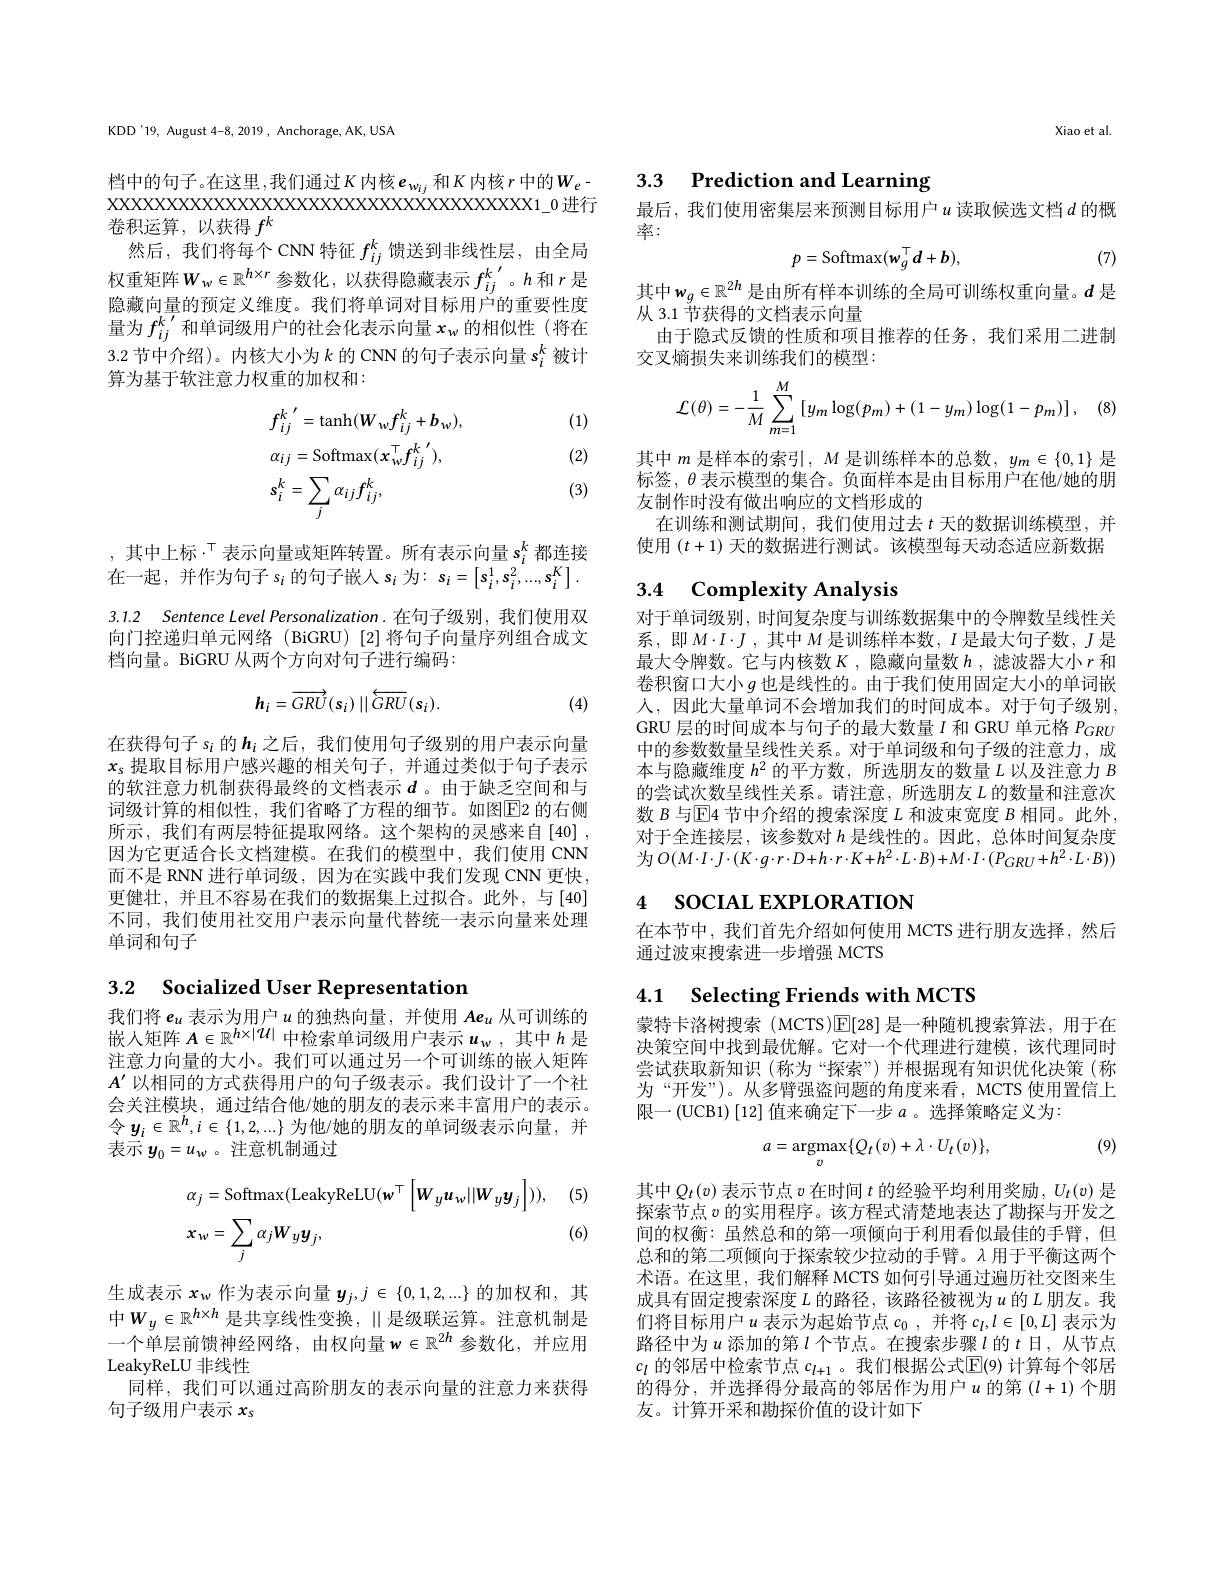
KDD'19, August 4-8, 2019, Anchorage, AK, USA

档中的句子。在这里，我们通过$K$ 内核$e_w_{ij}$和$K$内核$r$ 中的$W_e-$ 卷积运算，以获得$f^k$
然后，我们将每个 CNN 特征$f_{ij}^k$馈送到非线性层，由全局权重矩阵$W_w\in\mathbb{R}^{h\times r}$参数化，以获得隐藏表示$f_ij^k^{\prime}$。$h$ 和$r$是隐藏向量的预定义维度。我们将单词对目标用户的重要性度量为$f_{ij}^{k^{\prime}}$和单词级用户的社会化表示向量$x_w$的相似性(将在3.2 节中介绍)。内核大小为$k$的 CNN 的句子表示向量$s_i^k$被计算为基于软注意力权重的加权和：

(1)
$$\begin{aligned}&f_{ij}^{k}^{\prime}=\mathrm{tanh}(W_{w}f_{ij}^{k}+b_{w}),\\&\alpha_{ij}=\mathrm{Softmax}(x_{w}^{\top}f_{ij}^{k}^{\prime}),\\&s_{i}^{k}=\sum_{j}\alpha_{ij}f_{ij}^{k},\end{aligned}$$
(2) (3)

, 其中上标$\cdot^{\mathrm{T}}$表示向量或矩阵转置。所有表示向量$s_i^k$都连接在一起，并作为句子$s_i$的句子嵌人$s_i$为：$s_i=\left[\mathbf{s}_i^1,\mathbf{s}_i^2,\ldots,\mathbf{s}_i^K\right].$

3.1.2 Sentence Level Personalization.在句子级别，我们使用双向门控递归单元网络(BiGRU)[2]将句子向量序列组合成文档向量。BiGRU 从两个方向对句子进行编码：
$$\boldsymbol{h}_{i}=\overrightarrow{GRU}(\boldsymbol{s}_{i})\mid\mid\overleftarrow{GRU}(\boldsymbol{s}_{i}).$$
(4)

在获得句子$s_i$的$h_i$之后，我们使用句子级别的用户表示向量$x_s$提取目标用户感兴趣的相关句子，并通过类似于句子表示的软注意力机制获得最终的文档表示$d$ 。由于缺乏空间和与词级计算的相似性，我们省略了方程的细节。如图$\overline{\mathrm{E}}$2 的右侧所示，我们有两层特征提取网络。这个架构的灵感来自[40], 因为它更适合长文档建模。在我们的模型中，我们使用 CNN 而不是 RNN 进行单词级，因为在实践中我们发现 CNN 更快， 更健壮，并且不容易在我们的数据集上过拟合。此外，与[40] 不同，我们使用社交用户表示向量代替统一表示向量来处理单词和句子

3.2 Socialized User Representation

我们将$e_u$ 表示为用户$u$ 的独热向量，并使用 $Ae_u$ 从可训练的嵌入矩阵$A\in\mathbb{R}^{h\times|\mathcal{U}|}$中检索单词级用户表示$u_\mathrm{w}$,其中$h$是注意力向量的大小。我们可以通过另一个可训练的嵌人矩阵$A^{\prime}$以相同的方式获得用户的句子级表示。我们设计了一个社会关注模块，通过结合他/她的朋友的表示来丰富用户的表示。令$y_i\in\mathbb{R}^h,i\in\{1,2,...\}$为他/她的朋友的单词级表示向量，并表示$y_0=u_w$ 。注意机制通过

(5,
$$\begin{aligned}&\alpha_{j}=\mathrm{Softmax}(\mathrm{LeakyReLU}(\mathbf{w}^{\top}\left[W_{y}\boldsymbol{u}_{w}||W_{y}\boldsymbol{y}_{j}\right])),\\&x_{w}=\sum_{j}\alpha_{j}W_{y}y_{j},\end{aligned}$$
(6)

生成表示$x_\mathrm{w}$作为表示向量$y_j,j\in\{0,1,2,...\}$的加权和，其中$W_y\in\mathbb{R}^{h\times h}$ 是共享线性变换，$\|$是级联运算。注意机制是一个单层前馈神经网络，由权向量$w\in\mathbb{R}^{2h}$参数化，并应用LeakyReLU 非线性
同样，我们可以通过高阶朋友的表示向量的注意力来获得
句子级用户表示$x_s$

Xiao et al.

3.3 Prediction and Learning

最后，我们使用密集层来预测目标用户$u$ 读取候选文档$d$ 的概
率：
$$p=\mathrm{Softmax}(w_{g}^{\top}d+b),$$
(7)

其中$w_g\in\mathbb{R}^{2h}$是由所有样本训练的全局可训练权重向量。$d$ 是
从 3.1 节获得的文档表示向量
由于隐式反馈的性质和项目推荐的任务，我们采用二进制
交叉熵损失来训练我们的模型：
$$\mathcal{L}(\theta)=-\frac{1}{M}\sum_{m=1}^{M}\left[y_{m}\log(p_{m})+(1-y_{m})\log(1-p_{m})\right],$$
其中 $m$ 是样本的索引$,M$ 是训练样本的总数$,y_m\in\{0,1\}$ 是标签，$\theta$表示模型的集合。负面样本是由目标用户在他/她的朋友制作时没有做出响应的文档形成的
在训练和测试期间，我们使用过去$t$天的数据训练模型，并使用$(t+1)$天的数据进行测试。该模型每天动态适应新数据

## 3.4 Complexity Analysis

对于单词级别，时间复杂度与训练数据集中的令牌数呈线性关系，即$M\cdot I\cdot J$ ,其中$M$是训练样本数，$I$是最大句子数，$J$是最大令牌数。它与内核数$K$ ,隐藏向量数$h$ ,滤波器大小$r$和卷积窗口大小$g$也是线性的。由于我们使用固定大小的单词嵌人，因此大量单词不会增加我们的时间成本。对于句子级别GRU 层的时间成本与句子的最大数量$I$和 GRU 单元格$P_{GRU}$ 中的参数数量呈线性关系。对于单词级和句子级的注意力，成本与隐藏维度$h^2$的平方数，所选朋友的数量$L$以及注意力$B$ 的尝试次数呈线性关系。请注意，所选朋友$L$ 的数量和注意次数$B$与$\mathbb{E}$4 节中介绍的搜索深度$L$和波束宽度$B$相同。此外， 对于全连接层，该参数对$h$是线性的。因此，总体时间复杂度为$O(M\cdot I\cdot J\cdot(K\cdot g\cdot r\cdot D+h\cdot r\cdot K+h^{2}\cdot L\cdot B)+M\cdot I\cdot(P_{GRU}+h^{2}\cdot L\cdot B))$

## 4 socIAL EXPLORATION

在本节中，我们首先介绍如何使用 MCTS 进行朋友选择，然后
通过波束搜索进一步增强 MCTS

## 4.1 Selecting Friends with MCTS

蒙特卡洛树搜索(MCTS)$\mathbb{E}[28]$是一种随机搜索算法，用于在决策空间中找到最优解。它对一个代理进行建模，该代理同时尝试获取新知识 (称为“探索”) 并根据现有知识优化决策 (称为“开发”)。从多臂强盗问题的角度来看，MCTS 使用置信上限一(UCB1)[12]值来确定下一步$a$。选择策略定义为：
$$a=\underset{v}{\mathrm{argmax}}\{Q_{t}(v)+\lambda\cdot U_{t}(v)\},$$
(9)

其中$Q_t(v)$表示节点$v$在时间$t$的经验平均利用奖励$,U_t(v)$是探索节点$v$的实用程序。该方程式清楚地表达了勘探与开发之间的权衡：虽然总和的第一项倾向于利用看似最佳的手臂，但总和的第二项倾向于探索较少拉动的手臂。$\lambda$用于平衡这两个术语。在这里，我们解释 MCTS 如何引导通过遍历社交图来生成具有固定搜索深度$L$的路径，该路径被视为$u$的$L$朋友。我们将目标用户$u$表示为起始节点$c_0$,并将$c_l,l\in[0,L]$表示为路径中为$u$添加的第$l$个节点。在搜索步骤$l$的$t$日，从节点$c_l$的邻居中检索节点$c_l+1$ 。我们根据公式$\boxed{\mathrm{E}}(9)$计算每个邻居的得分，并选择得分最高的邻居作为用户$u$的第$(l+1)$个朋友。计算开采和勘探价值的设计如下